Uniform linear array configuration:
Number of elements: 4
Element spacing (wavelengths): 0.5
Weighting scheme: hann
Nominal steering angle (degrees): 60
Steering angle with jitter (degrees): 58.04
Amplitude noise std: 0.05
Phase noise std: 0.05

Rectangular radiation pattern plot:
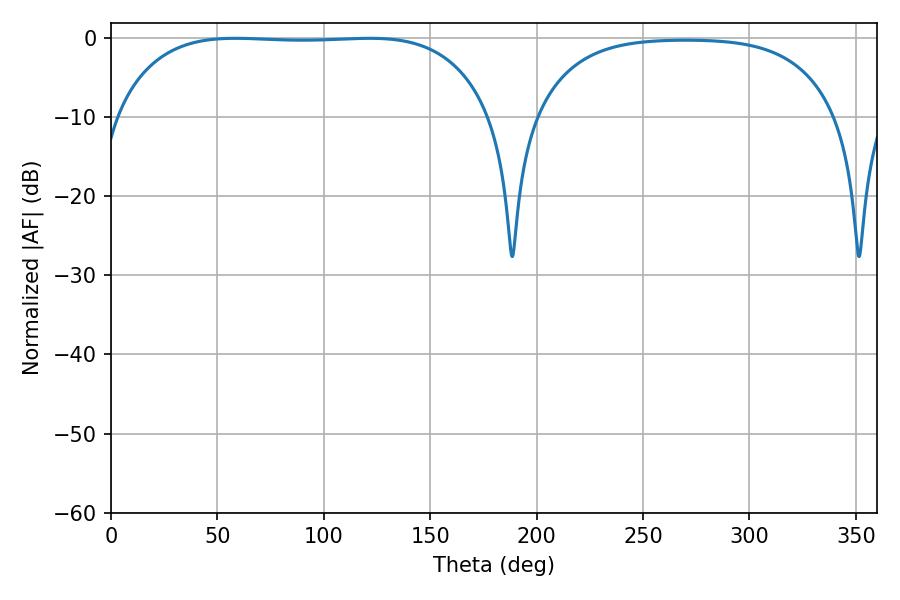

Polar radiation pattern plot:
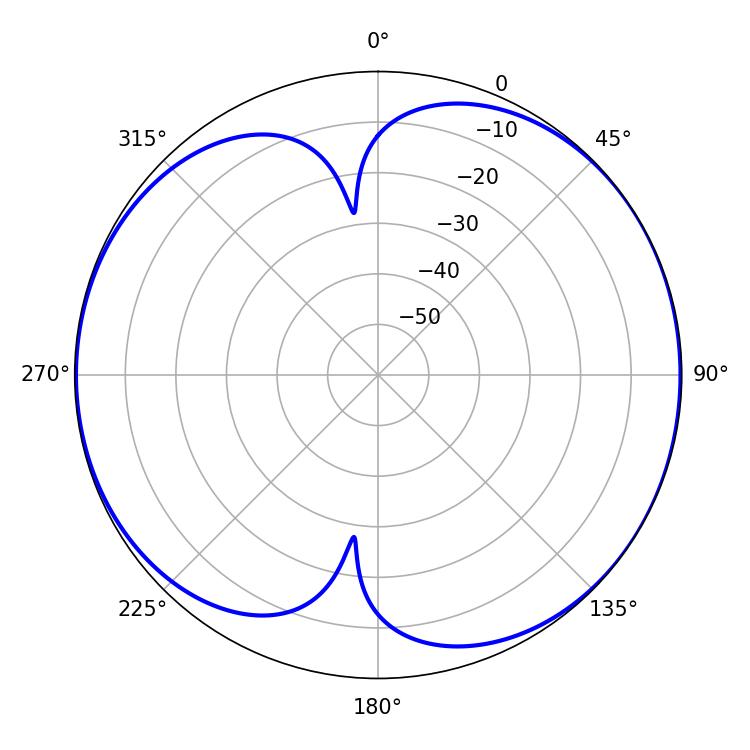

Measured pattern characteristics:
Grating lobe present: FALSE
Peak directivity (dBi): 6.981
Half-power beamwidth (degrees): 138.6
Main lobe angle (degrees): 58.32